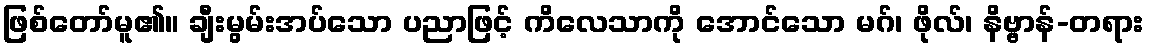
ဖြစ်တော်မူ၏။ ချီးမွမ်းအပ်သော ပညာဖြင့် ကိလေသာကို အောင်သော မဂ်၊ ဖိုလ်၊ နိဗ္ဗာန်-တရား